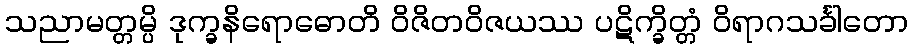
သညာမတ္တမ္ပိ ဒုက္ခနိရောဓောတိ ဝိဇိတဝိဇယဿ ပဋိက္ခိတ္တံ ဝိရာဂသင်္ခါတော